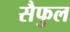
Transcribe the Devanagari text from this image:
सैफुल